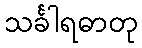
သင်္ခါရဓာတု